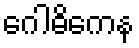
ဂေါဓိကေန